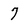
Character: 7